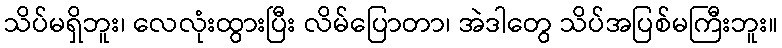
သိပ်မရှိဘူး၊ လေလုံးထွားပြီး လိမ်ပြောတာ၊ အဲဒါတွေ သိပ်အပြစ်မကြီးဘူး။